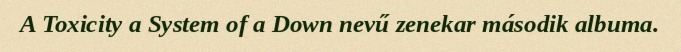
A Toxicity a System of a Down nevű zenekar második albuma.